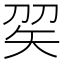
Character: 𥎫